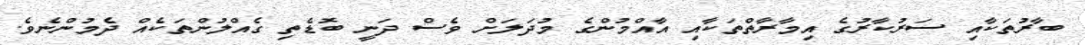
ބާރުތަކާއި ސަރުކާރުގެ އިމާރާތްތަކާއި އާއްމުންގެ މުދަލަށް ވެސް ދަނީ ބޮޑެތި ގެއްލުންތަކެއް ދެމުންނެވެ.